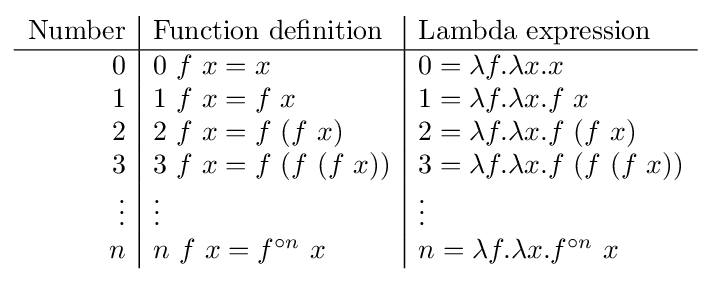
{\begin{array}{r|l|l}{\text{Number}}&{\text{Function definition}}&{\text{Lambda expression}}\\\hline 0&0\ f\ x=x&0=\lambda f.\lambda x.x\\1&1\ f\ x=f\ x&1=\lambda f.\lambda x.f\ x\\2&2\ f\ x=f\ (f\ x)&2=\lambda f.\lambda x.f\ (f\ x)\\3&3\ f\ x=f\ (f\ (f\ x))&3=\lambda f.\lambda x.f\ (f\ (f\ x))\\\vdots &\vdots &\vdots \\n&n\ f\ x=f^{\circ n}\ x&n=\lambda f.\lambda x.f^{\circ n}\ x\end{array}}